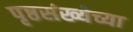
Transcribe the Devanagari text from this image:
पृष्ठसंख्येच्या